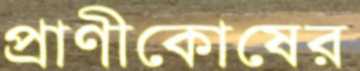
প্রাণীকোষের